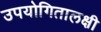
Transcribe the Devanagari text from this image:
उपयोगितालक्षी